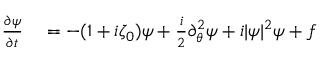
\begin{array} { r l } { \frac { \partial \psi } { \partial t } } & { { } = - ( 1 + i \zeta _ { 0 } ) \psi + \frac { i } { 2 } \partial _ { \theta } ^ { 2 } \psi + i | \psi | ^ { 2 } \psi + f } \end{array}